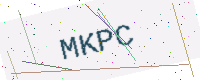
Text: MKPC